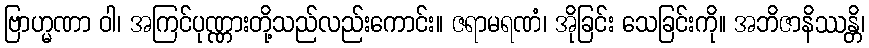
ဗြာဟ္မဏာ ဝါ၊ အကြင်ပုဏ္ဏားတို့သည်လည်းကောင်း။ ဇရာမရဏံ၊ အိုခြင်း သေခြင်းကို။ အဘိဇာနိဿန္တိ၊